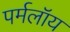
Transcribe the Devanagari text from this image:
पर्मलॉय